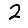
Digit: 2